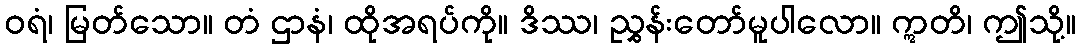
ဝရံ၊ မြတ်သော။ တံ ဌာနံ၊ ထိုအရပ်ကို။ ဒိဿ၊ ညွှန်းတော်မူပါလော။ ဣတိ၊ ဤသို့။